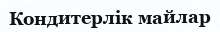
Кондитерлік майлар